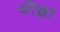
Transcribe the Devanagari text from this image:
योद्घा